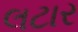
લટાર